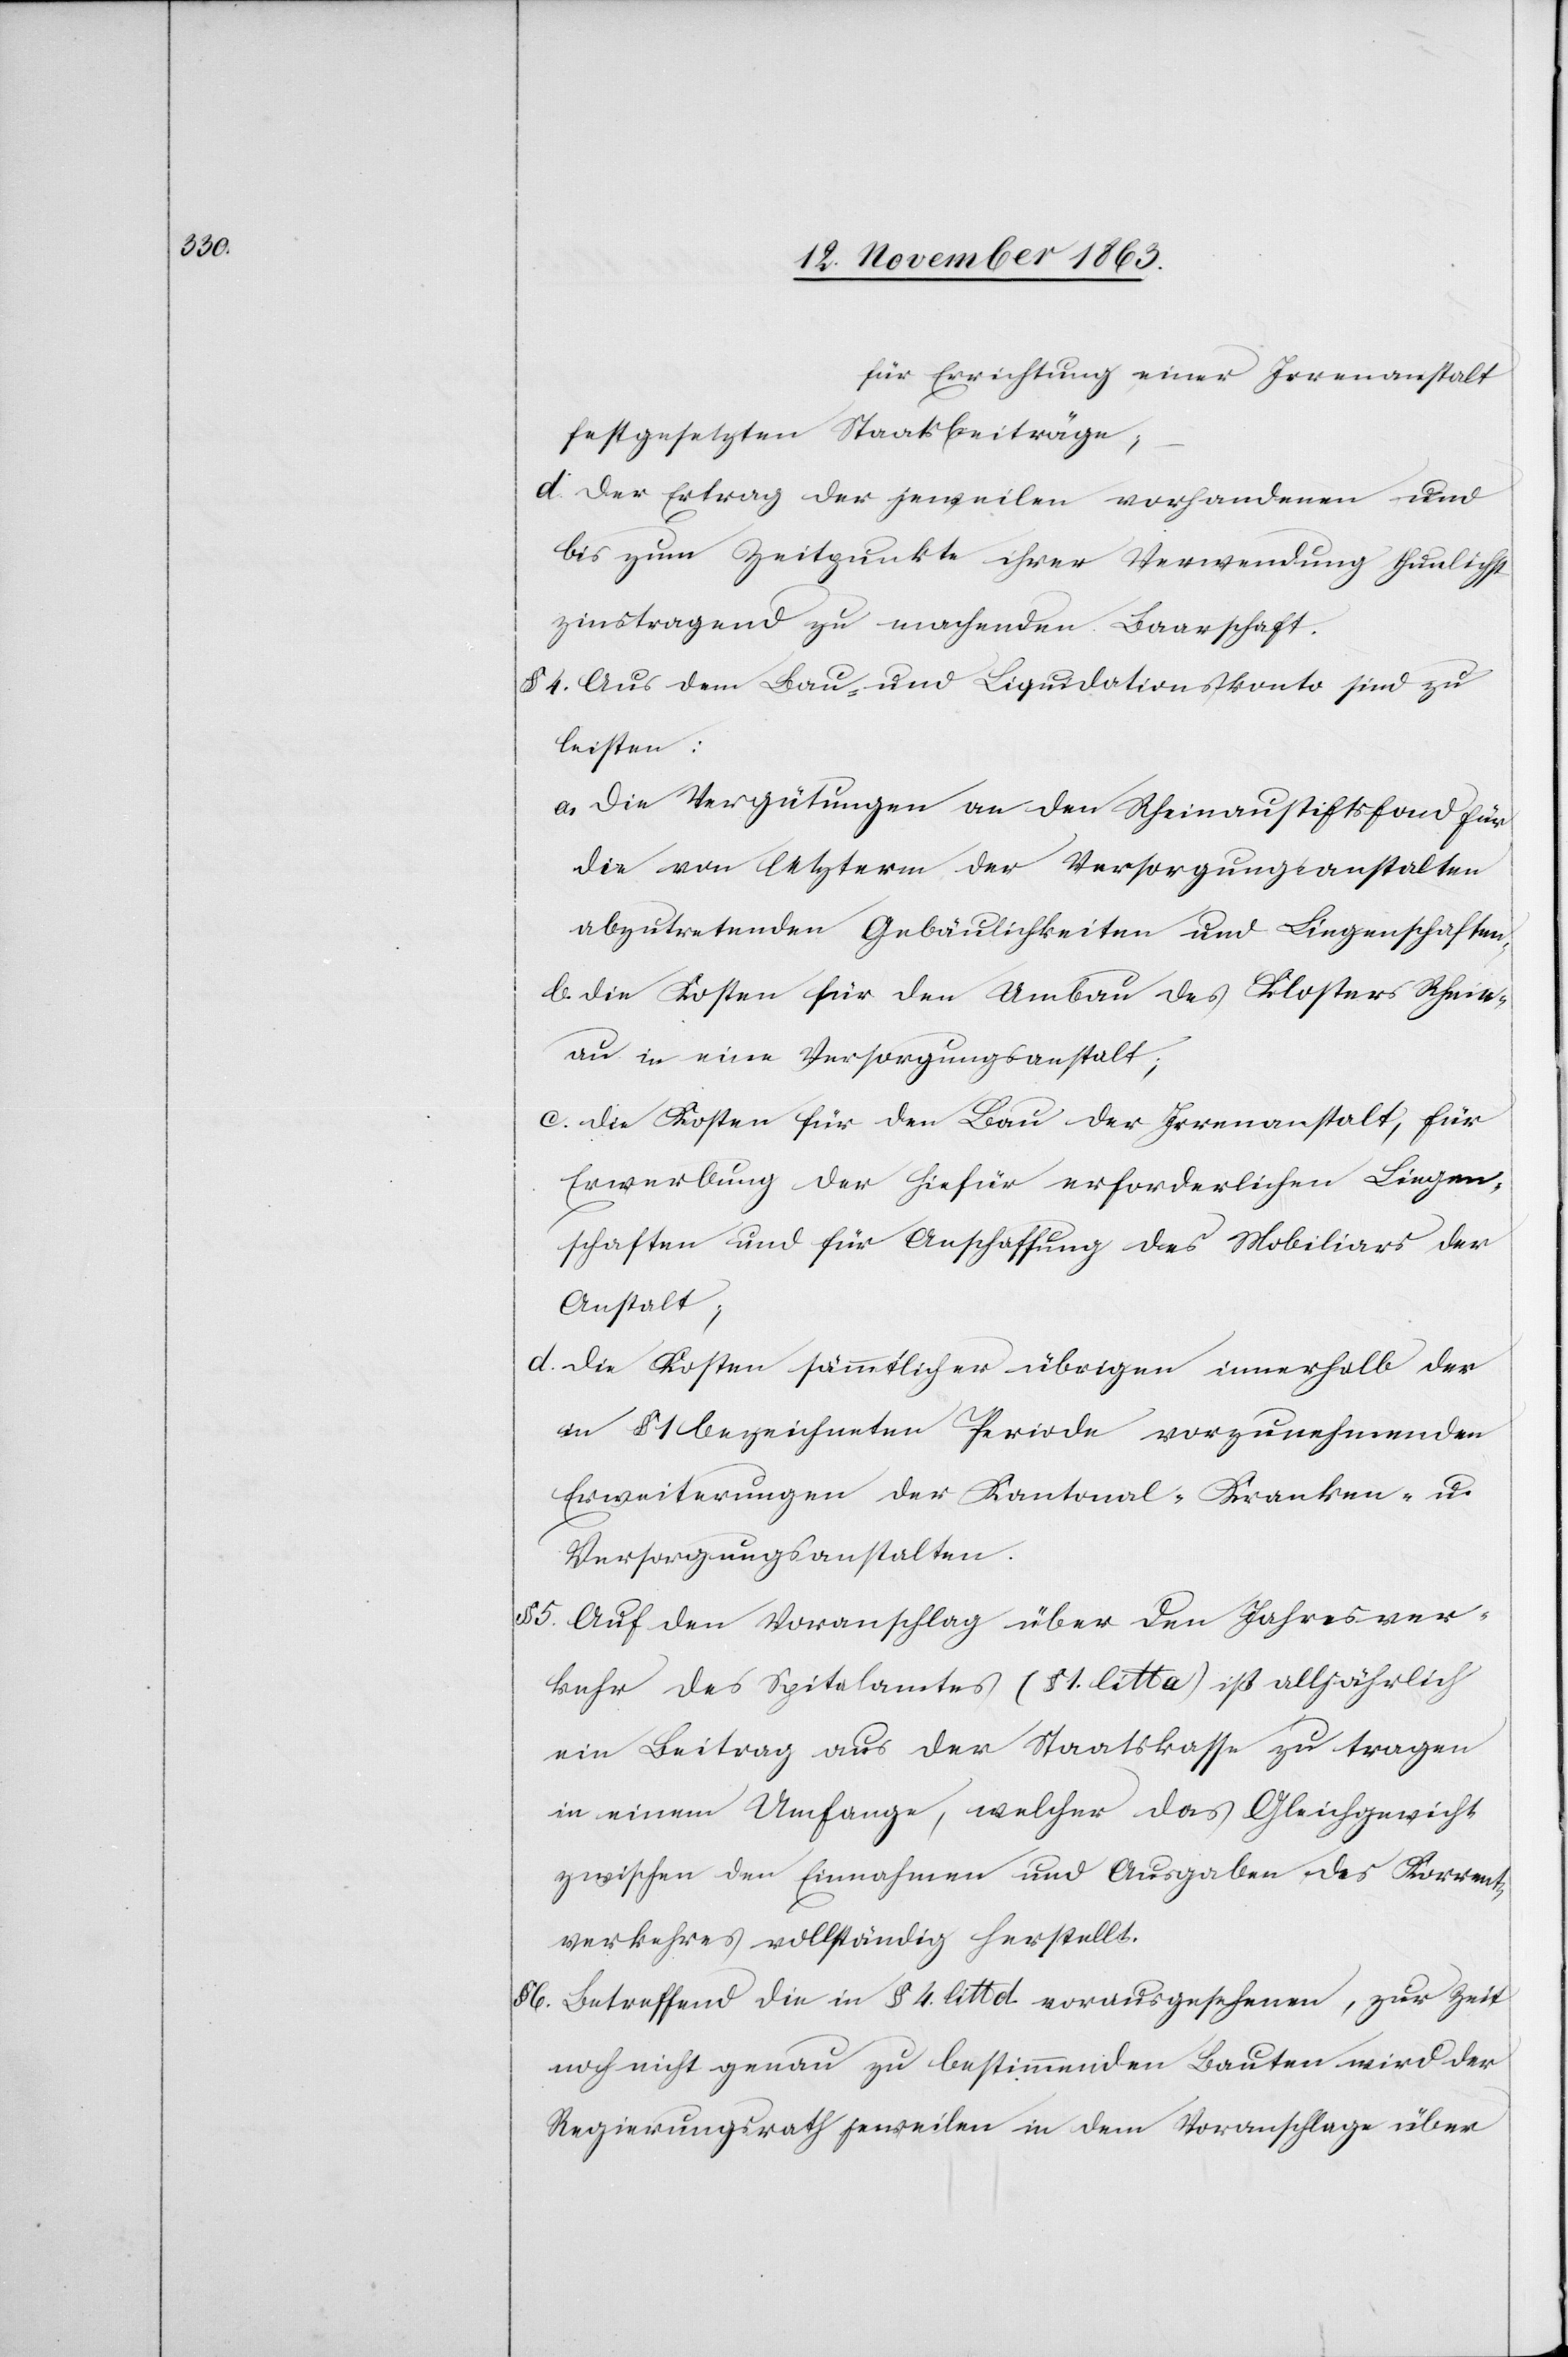
…

für Errichtung einer Irrenanstalt
festgesetzten Staatsbeiträge;
d. Der Ertrag der jeweilen vorhandenen und
bis zum Zeitpunkt ihrer Verwendung thunlichst
zinstragend zu machenden Baarschaft.
§ 4. Aus dem Bau- und Liquidationskonto sind zu
leisten:
a. Die Vergütungen an den Rheinaustiftsfond für
die von letzterm der Versorgungsanstalten
abzutretenden Gebäulichkeiten und Liegenschaften.
b. Die Kosten für den Umbau des Klosters Rhein¬
au in eine Versorgungsanstalt;
c. Die Kosten für den Bau der Irrenanstalt, für
Erwerbung der hiefür erforderlichen Liegen¬
schaften und für Anschaffung des Mobiliars der
Anstalt;
d. Die Kosten sämmtlicher übrigen innerhalb der
in § 1 bezeichneten Periode vorzunehmenden
Erweiterungen der Kantonal-Kranken- u.
Versorgungsanstalten.
§ 5. Auf den Voranschlag über den Jahresver¬
kehr des Spitalamtes (§ 1. litt a) ist alljährlich
ein Beitrag aus der Staatskasse zu tragen
in einem Umfange, welcher das Gleichgewicht
zwischen den Einnahmen und Ausgaben des Korrent¬
verkehres vollständig herstellt.
6. Betreffend die in § 4. litt d. vorausgesehenen, zur Zeit
noch nicht genau zu bestimmenden Bauten wird der
Regierungsrath jeweilen in dem Voranschlage über